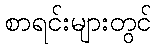
စာရင်းများတွင်